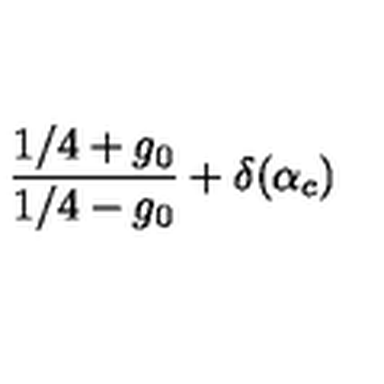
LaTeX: \frac { 1 / 4 + g _ { 0 } } { 1 / 4 - g _ { 0 } } + \delta ( \alpha _ { c } )